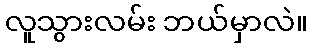
လူသွားလမ်း ဘယ်မှာလဲ။